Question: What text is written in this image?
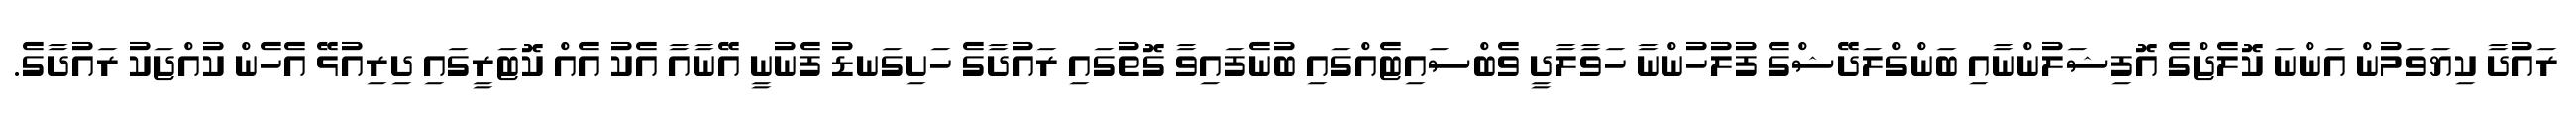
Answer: ރައުދާ ކިޔަވަމުން އަންނަ ކޮލެޖްގެ އޮފިޝަލުންނާއި ބަންގްލަދޭޝްގެ ފުލުހުންނާ ހަވާލާދީ ވެބްސައިޓެއްގައި ބުނެފައިވާ ގޮތުގައި ރައުދާގެ ހަށިގަނޑު ފެނުނީ އޭނާއާ އެކު އެއް ކޮޓަރީގައި ދިރިއުޅޭ އެހެން ކުއްޖަކު ރައުދާގެ.